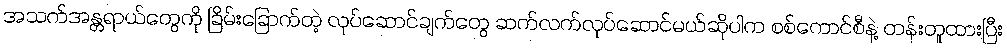
အသက်အန္တရာယ်တွေကို ခြိမ်းခြောက်တဲ့ လုပ်ဆောင်ချက်တွေ ဆက်လက်လုပ်ဆောင်မယ်ဆိုပါက စစ်ကောင်စီနဲ့ တန်းတူထားပြီး